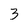
Character: 3